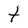
Character: t